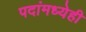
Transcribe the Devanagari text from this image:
पदांमध्येही